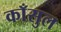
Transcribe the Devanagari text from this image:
काँसुल